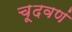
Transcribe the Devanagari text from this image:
चूदवणं